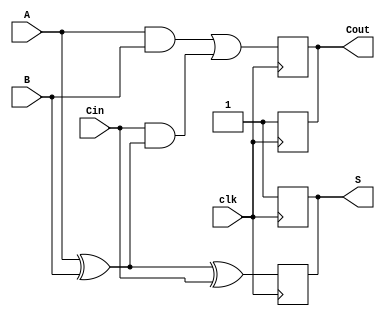
module dynamic_full_adder (
    input wire A,     // First binary input
    input wire B,     // Second binary input
    input wire Cin,   // Carry-in input
    input wire clk,   // Clock signal
    output wire S,    // Sum output
    output wire Cout  // Carry-out output
);
    
    // Internal nets for dynamic logic
    wire A_n, B_n, Cin_n;          // Inverted inputs for evaluation
    wire sum_intermediate1, sum_intermediate2; // Intermediate sum signals
    wire carry_intermediate1, carry_intermediate2; // Intermediate carry signals
    
    // Precharge phase
    assign #1 sum_intermediate1 = A_n & B_n; 
    assign #1 carry_intermediate1 = Cin_n & (A ^ B);

    // Evaluation phase
    always @(posedge clk) begin
        // Precharge phase
        S <= 1'b1;          // Precharge the sum initially to 1
        Cout <= 1'b1;       // Precharge the Cout initially to 1
    end

    always @(negedge clk) begin
        // Evaluation logic
        S <= (A ^ B) ^ Cin; // Calculate sum
        Cout <= (A & B) | (Cin & (A ^ B)); // Calculate carry out
    end
        
endmodule